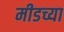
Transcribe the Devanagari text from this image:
मीडच्या